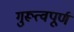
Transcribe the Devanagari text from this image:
गुरूत्वपूर्ण